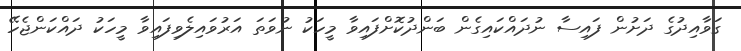
ގަވާއިދުގެ ދަށުން ފައިސާ ނުދައްކައިގެން ބަންދުކޮށްފައިވާ މީހަކު ނުވަތަ އަރުވައިލެވިފައިވާ މީހަކު ދައްކަންޖެހޭ